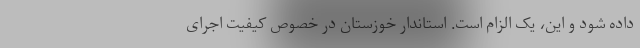
داده شود و این، یک الزام است. استاندار خوزستان در خصوص کیفیت اجرای